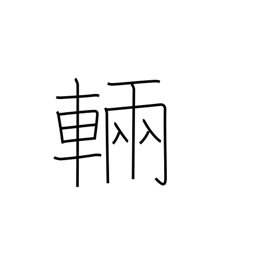
Meaning: counter for large vehicles